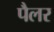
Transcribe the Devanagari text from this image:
पैलर